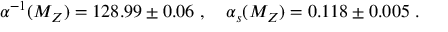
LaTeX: \alpha ^ { - 1 } ( M _ { Z } ) = 1 2 8 . 9 9 \pm 0 . 0 6 \ , \quad \alpha _ { s } ( M _ { Z } ) = 0 . 1 1 8 \pm 0 . 0 0 5 \; .